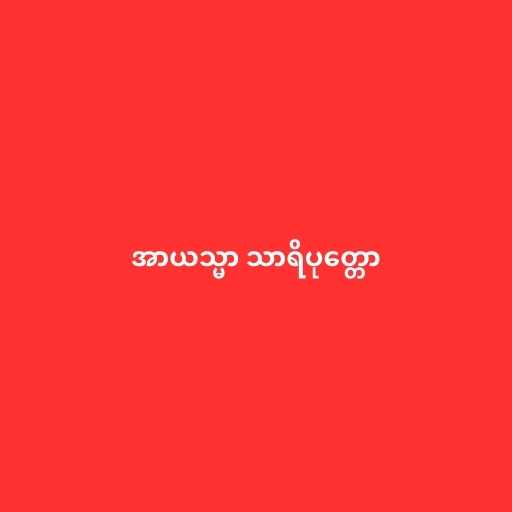
အာယသ္မာ သာရိပုတ္တော